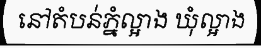
នៅតំបន់ភ្នំល្អាង ឃុំល្អាង